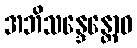
အဘိသန္ဒေန္တောဝ